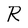
Character: R